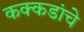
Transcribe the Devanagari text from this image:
कक्कडांचे